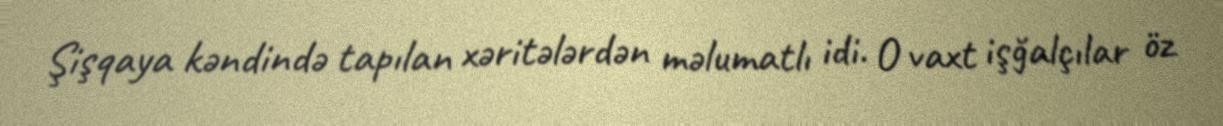
Şişqaya kəndində tapılan xəritələrdən məlumatlı idi. O vaxt işğalçılar öz